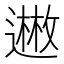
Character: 𬩊